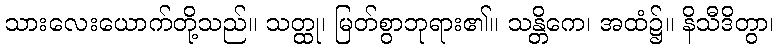
သားလေးယောက်တို့သည်။ သတ္ထု၊ မြတ်စွာဘုရား၏။ သန္တိကေ၊ အထံ၌။ နိသီဒိတွာ၊